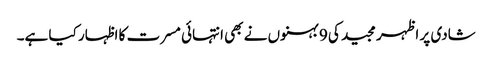
شادی پر اظہر مجید کی 9 بہنوں نے بھی انتہائی مسرت کا اظہار کیا ہے۔